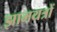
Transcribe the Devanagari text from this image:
झामयत्रों